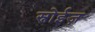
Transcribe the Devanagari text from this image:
स्नोईज़